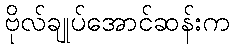
ဗိုလ်ချုပ်အောင်ဆန်းက